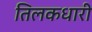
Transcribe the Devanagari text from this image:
तिलकधारी